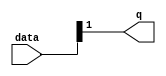
module  int_to_fp_altpriority_encoder_3v7
	( 
	data,
	q) ;
	input   [1:0]  data;
	output   [0:0]  q;
	assign
		q = {data[1]};
endmodule